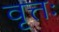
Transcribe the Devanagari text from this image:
वृत्तः